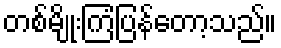
တစ်မျိုးကြံပြန်တော့သည်။